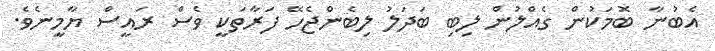
އެބުނާ ބޮމަކުން ގެއްލުން ލިބި ބަދަލު ލިބެންޖެހޭ ފަރާތަކީ ވެސް ރައީސް ޔާމީނެވެ.